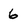
Character: 6